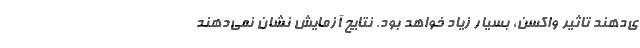
ی‌دهند تاثیر واکسن، بسیار زیاد خواهد بود. نتایج آزمایش نشان نمی‌دهند